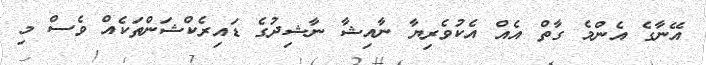
އޭނާގެ އެންމެ ގާތް އެއް އެކުވެރިޔާ ނާއިޝާ ނާޝިދުގެ ޑައިރެކްޝަންތަކެއް ވެސް މި